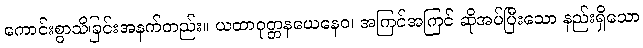
ကောင်းစွာသိခြင်းအနက်တည်း။ ယထာဝုတ္တနယေနေဝ၊ အကြင်အကြင် ဆိုအပ်ပြီးသော နည်းရှိသော